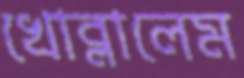
খোব্‌লালেম